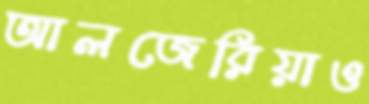
আলজেরিয়াও